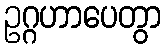
ဥဂ္ဂဟာပေတွာ